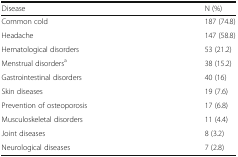
<table><thead><tr><td><b>Disease</b></td><td><b>N (%)</b></td></tr></thead><tbody><tr><td>Common cold</td><td>187 (74.8)</td></tr><tr><td>Headache</td><td>147 (58.8)</td></tr><tr><td>Hematological disorders</td><td>53 (21.2)</td></tr><tr><td>Menstrual disorders<sup>a</sup></td><td>38 (15.2)</td></tr><tr><td>Gastrointestinal disorders</td><td>40 (16)</td></tr><tr><td>Skin diseases</td><td>19 (7.6)</td></tr><tr><td>Prevention of osteoporosis</td><td>17 (6.8)</td></tr><tr><td>Musculoskeletal disorders</td><td>11 (4.4)</td></tr><tr><td>Joint diseases</td><td>8 (3.2)</td></tr><tr><td>Neurological diseases</td><td>7 (2.8)</td></tr></tbody></table>